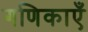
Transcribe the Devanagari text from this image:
गणिकाएँ